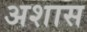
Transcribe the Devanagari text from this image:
अशास